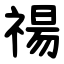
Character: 禓